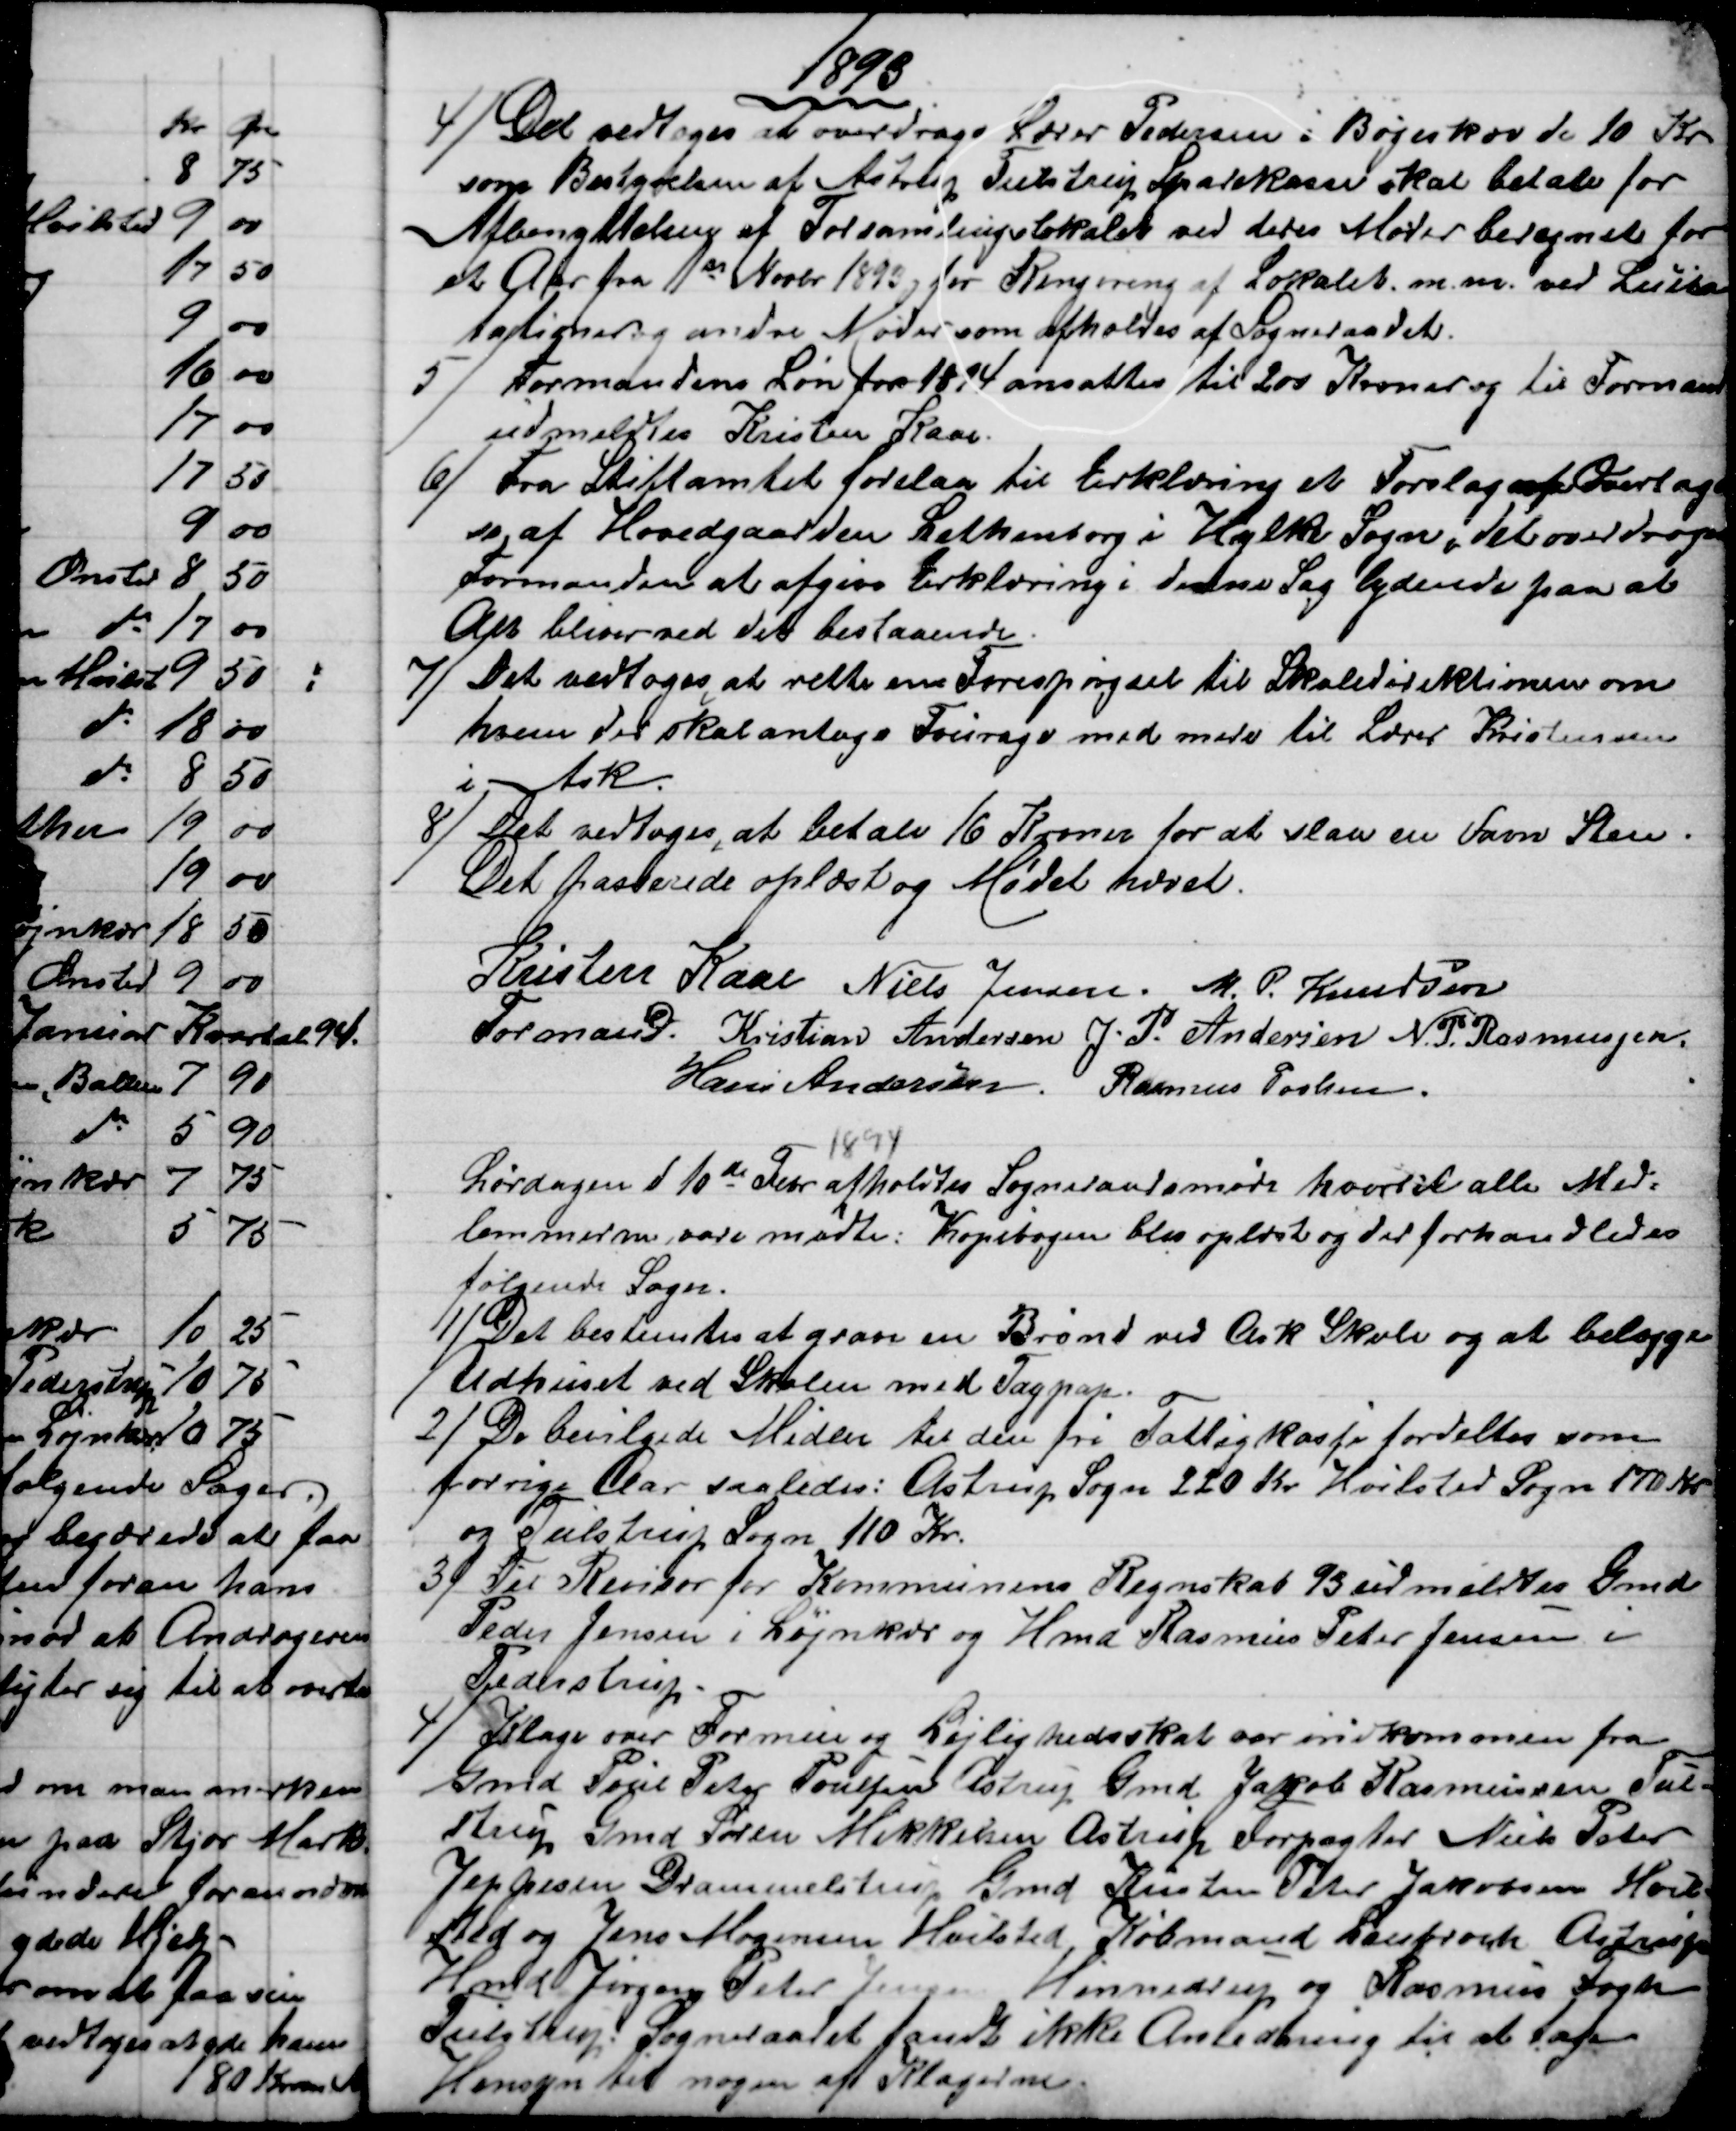
Transskription:
1893
4)
Det vedtoges at overdrage Lærer Pedersen i Bøgeskov de 10 Kr.
som Bestyrelsen af Astrup Tulstrup Sparekasse skal betale for
Afbenyttelsen af Forsamlingslokalet ved deres Møder beregnet for
et Aar fra 11te Novbr 1893 for Rengøring af Lokalet. m. m. ved Lici-
tationer og andre Møder som afholdes af Sogneraadet.
5)
Formandens Løn for 1894 ansattes til 200 Kroner og til Formand
udmeldtes Kristen Kaae.
6) 
Fra Stiftamtet forelaa til Erklæring et Forslag om Overtagel
se af Hovedgaarden Lethenborg i Hylke Sogn, det overdroges
Formanden at afgive Erklæring i denne Sag lydende paa at
Alt bliver ved det bestaaende.
7) 
Det vedtoges at rette en Forespørgsel til Skoledirektionen om
hvem der skal antage Fourage med mere til Lærer Kristensen
i Ask.
8)
Det vedtoges, at betale 16 Kroner for at slaa en Favn Sten.
Det passerede oplæst og Mødet hævet.
Kristen Kaae 
Formand. 
Niels Jensen. M. P. Knudsen
Kristian Andersen J. P. Andersen N. P. Rasmussen.
Hans Andersen. Rasmus Povlsen.
Lørdagen d 10de Febr
1894
afholdtes Sogneraadsmøde hvortil alle Med-
lemmerne vare mødte. Kopibogen blev oplæst og der forhandledes
følgende Sager.
1) 
Det bestemtes at grave en Brønd ved Ask Skole og at belægge
Udhuset ved Skolen med Tagpap.
2) 
De bevilgede Midler til den fri Fattigkasse fordeltes som
forrige Aar saaledes: Astrup Sogn 220 Kr. Hvilsted Sogn 170 Kr.
og Tulstrup Sogn 110 Kr.
3) 
Til Revisor for Kommunens Regnskab 93 udmeldtes Gmd
Peder Jensen i Løjnkær og Hmd Rasmus Peter Jensen i
Pederstrup.
4)
Klage over Formue og Lejlighedsskat var indkommen fra
Gmd Poul Peter Poulsen Astrup Gmd Jakob Rasmussen Tul-
strup Gmd Søren Mikkelsen Astrup Forpagter Niels Peter
Jeppesen Drammelstrup Gmd Kristen Peter Jakobsen Hvil-
sted og Jens Mogensen Hvilsted Købmand Lenbroch, Astrup
Hmd Jørgen Peter Jensen Hinnedrup og Rasmus Fogh
Tulstrup. Sogneraadet fandt ikke Anledning til at tage
Hensyn til nogen af Klagerne.